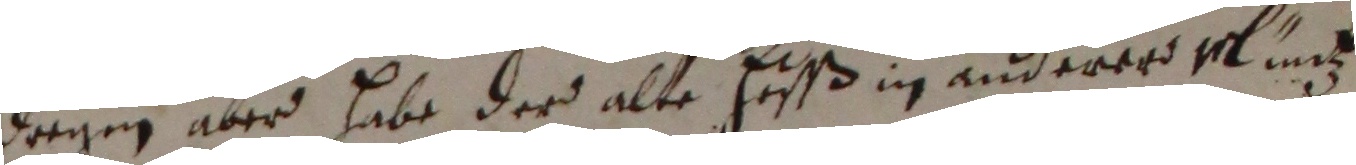
dreyen aber habe der alte hußß in anderer mund